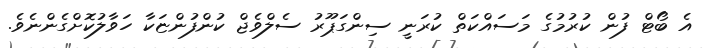
އެ ބޯޓް ފުން ކުރުމުގެ މަސައްކަތް ކުރަނީ ސިންގަޕޫރު ސެލްވެޖް ކުންފުންޏަކާ ހަވާލުކޮށްގެންނެވެ.